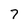
Character: 7